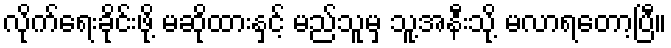
လိုက်ရေးခိုင်းဖို့ မဆိုထားနှင့် မည်သူမှ သူ့အနီးသို့ မလာရတော့ပြီ။